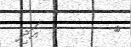
٩        އަދި